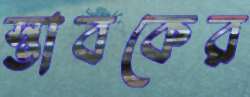
স্তাবকের